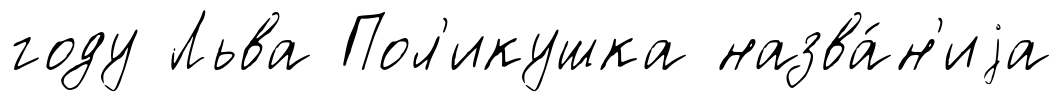
году Льва Пол'икушка назва́н'иjа